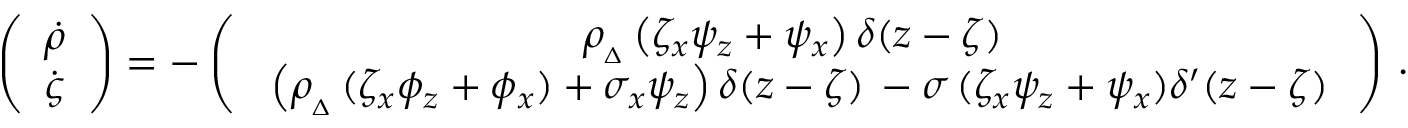
\left( \begin{array} { l } { \medskip \dot { \rho } } \\ { \dot { \varsigma } } \end{array} \right) = - \left( \begin{array} { c } { \medskip \rho _ { _ { \Delta } } \left( \zeta _ { x } \psi _ { z } + \psi _ { x } \right) \delta ( z - \zeta ) \, } \\ { \ \left( \rho _ { _ { \Delta } } \, ( \zeta _ { x } \phi _ { z } + \phi _ { x } ) + \sigma _ { x } \psi _ { z } \right) \delta ( z - \zeta ) \, - \sigma \, ( \zeta _ { x } \psi _ { z } + \psi _ { x } ) \delta ^ { \prime } ( z - \zeta ) \, } \end{array} \right) \, .